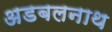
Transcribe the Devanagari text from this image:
अडबलनाथ